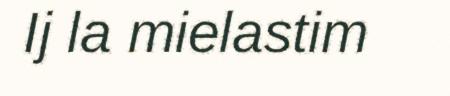
Ij la mielastim